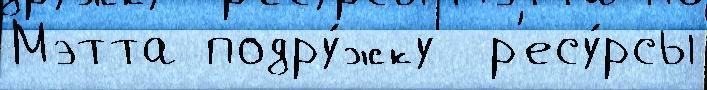
Мэтта подру́жку  р'есу́рсы